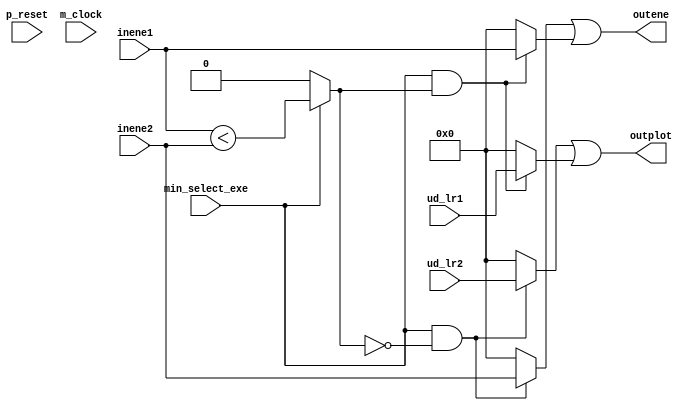

/*Produced by NSL Core(version=20240424), IP ARCH, Inc. Sun May 26 17:43:35 2024
 Licensed to :EVALUATION USER*/
/*
 DO NOT USE ANY PART OF THIS FILE FOR COMMERCIAL PRODUCTS. 
*/

module min_select ( p_reset , m_clock , inene1 , inene2 , ud_lr1 , ud_lr2 , outene , outplot , min_select_exe );
  input p_reset, m_clock;
  wire p_reset, m_clock;
  input [7:0] inene1;
  wire [7:0] inene1;
  input [7:0] inene2;
  wire [7:0] inene2;
  input [7:0] ud_lr1;
  wire [7:0] ud_lr1;
  input [7:0] ud_lr2;
  wire [7:0] ud_lr2;
  output [7:0] outene;
  wire [7:0] outene;
  output [7:0] outplot;
  wire [7:0] outplot;
  input min_select_exe;
  wire min_select_exe;
  wire _net_0;

   assign  _net_0 = 
// synthesis translate_off
// synopsys translate_off
(min_select_exe)? 
// synthesis translate_on
// synopsys translate_on
((min_select_exe)?(inene1 < inene2):1'b0)
// synthesis translate_off
// synopsys translate_off
:1'bx
// synthesis translate_on
// synopsys translate_on
;

// synthesis translate_off
// synopsys translate_off
always @(posedge m_clock or posedge p_reset)
  begin
if (((min_select_exe&(~_net_0))&(min_select_exe&_net_0)))
 begin $display("Warning: assign collision(min_select:outene) at %d",$time);
if ((min_select_exe&(~_net_0))) $display("assert ((min_select_exe&(~_net_0))) line 10 at %d\n",$time);
if ((min_select_exe&_net_0)) $display("assert ((min_select_exe&_net_0)) line 7 at %d\n",$time);
 end
 end

// synthesis translate_on
// synopsys translate_on
   assign  outene = 
// synthesis translate_off
// synopsys translate_off
(((min_select_exe&(~_net_0))&(min_select_exe&_net_0)))? 8'bx :(((min_select_exe&(~_net_0))|(min_select_exe&_net_0)))? 
// synthesis translate_on
// synopsys translate_on
(((min_select_exe&(~_net_0)))?inene2:8'b0)|
    (((min_select_exe&_net_0))?inene1:8'b0)
// synthesis translate_off
// synopsys translate_off
:8'bx
// synthesis translate_on
// synopsys translate_on
;

// synthesis translate_off
// synopsys translate_off
always @(posedge m_clock or posedge p_reset)
  begin
if (((min_select_exe&(~_net_0))&(min_select_exe&_net_0)))
 begin $display("Warning: assign collision(min_select:outplot) at %d",$time);
if ((min_select_exe&(~_net_0))) $display("assert ((min_select_exe&(~_net_0))) line 9 at %d\n",$time);
if ((min_select_exe&_net_0)) $display("assert ((min_select_exe&_net_0)) line 6 at %d\n",$time);
 end
 end

// synthesis translate_on
// synopsys translate_on
   assign  outplot = 
// synthesis translate_off
// synopsys translate_off
(((min_select_exe&(~_net_0))&(min_select_exe&_net_0)))? 8'bx :(((min_select_exe&(~_net_0))|(min_select_exe&_net_0)))? 
// synthesis translate_on
// synopsys translate_on
(((min_select_exe&(~_net_0)))?ud_lr2:8'b0)|
    (((min_select_exe&_net_0))?ud_lr1:8'b0)
// synthesis translate_off
// synopsys translate_off
:8'bx
// synthesis translate_on
// synopsys translate_on
;
endmodule

/*Produced by NSL Core(version=20240424), IP ARCH, Inc. Sun May 26 17:43:35 2024
 Licensed to :EVALUATION USER*/